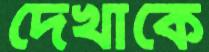
দেখাকে